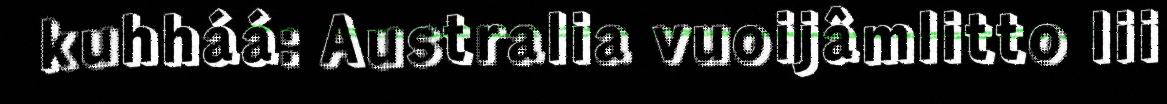
kuhháá: Australia vuoijâmlitto lii